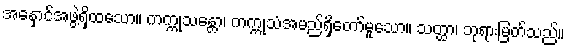
အနှောင်အဖွဲ့ရှိထသော။ ကက္ကုသန္တော၊ ကက္ကုသံအမည်ရှိတော်မူသော။ သတ္ထာ၊ ဘုရားမြတ်သည်။